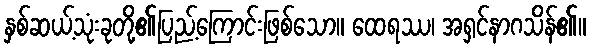
နှစ်ဆယ့်သုံးခုတို့၏ပြည့်ကြောင်းဖြစ်သော။ ထေရဿ၊ အရှင်နာဂသိန်၏။